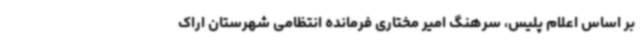
بر اساس اعلام پلیس، سرهنگ امیر مختاری فرمانده انتظامی شهرستان اراک